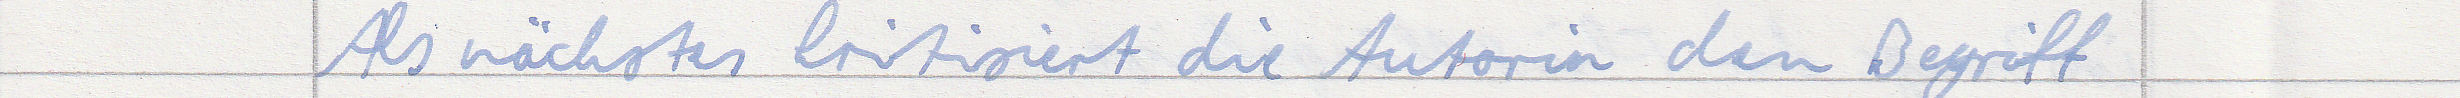
Als nächstes kritisiert die Autorin den Begriff